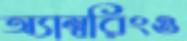
অ্যাম্বরিংও